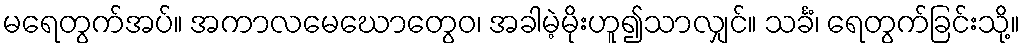
မရေတွက်အပ်။ အကာလမေဃောတွေဝ၊ အခါမဲ့မိုးဟူ၍သာလျှင်။ သင်္ခံ၊ ရေတွက်ခြင်းသို့။